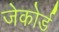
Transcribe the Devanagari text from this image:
जेकोर्ड